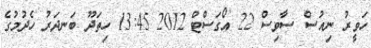
ހަވީރު ނިއުސް ސާވިސް 22 އޯގަސްޓް 2012 13:45 ހިތަދޫ ބަނދަރު ހެދުމުގެ